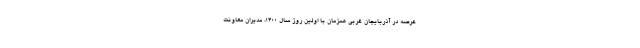
عرصه در آذربایجان غربی همزمان با اولین روز سال ۱۴۰۰، مدیران معاونت